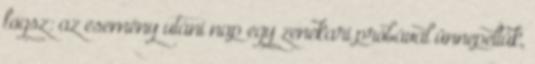
fogsz: az esemény utáni nap egy zenekari próbával ünnepeltük,